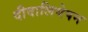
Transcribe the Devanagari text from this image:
दीवालियेपन